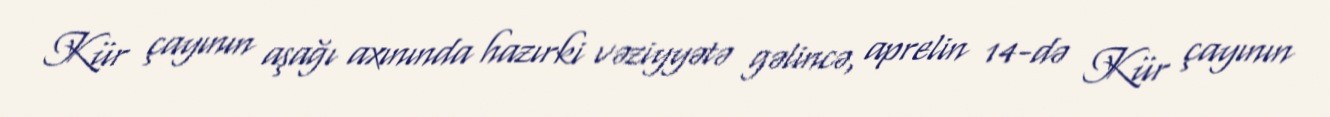
Kür çayının aşağı axınında hazırki vəziyyətə gəlincə, aprelin 14-də Kür çayının